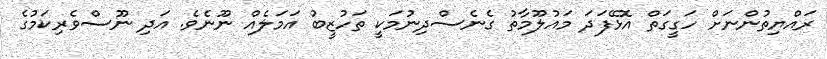
ރައްޔިތުންނަށް ހަގީގަތް އޮޅޭފަދަ މައުލޫމާތު ގެނެސްދިނުމަކީ ތަހުޒީބު އަމަލެއް ނޫނެވެ. އަދި ނޫސްވެރިކަމުގެ